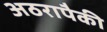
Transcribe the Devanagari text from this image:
अठरापैकी